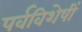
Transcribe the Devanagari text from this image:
पर्वविशेषीं